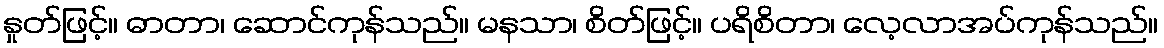
နှုတ်ဖြင့်။ ဓာတာ၊ ဆောင်ကုန်သည်။ မနသာ၊ စိတ်ဖြင့်။ ပရိစိတာ၊ လေ့လာအပ်ကုန်သည်။